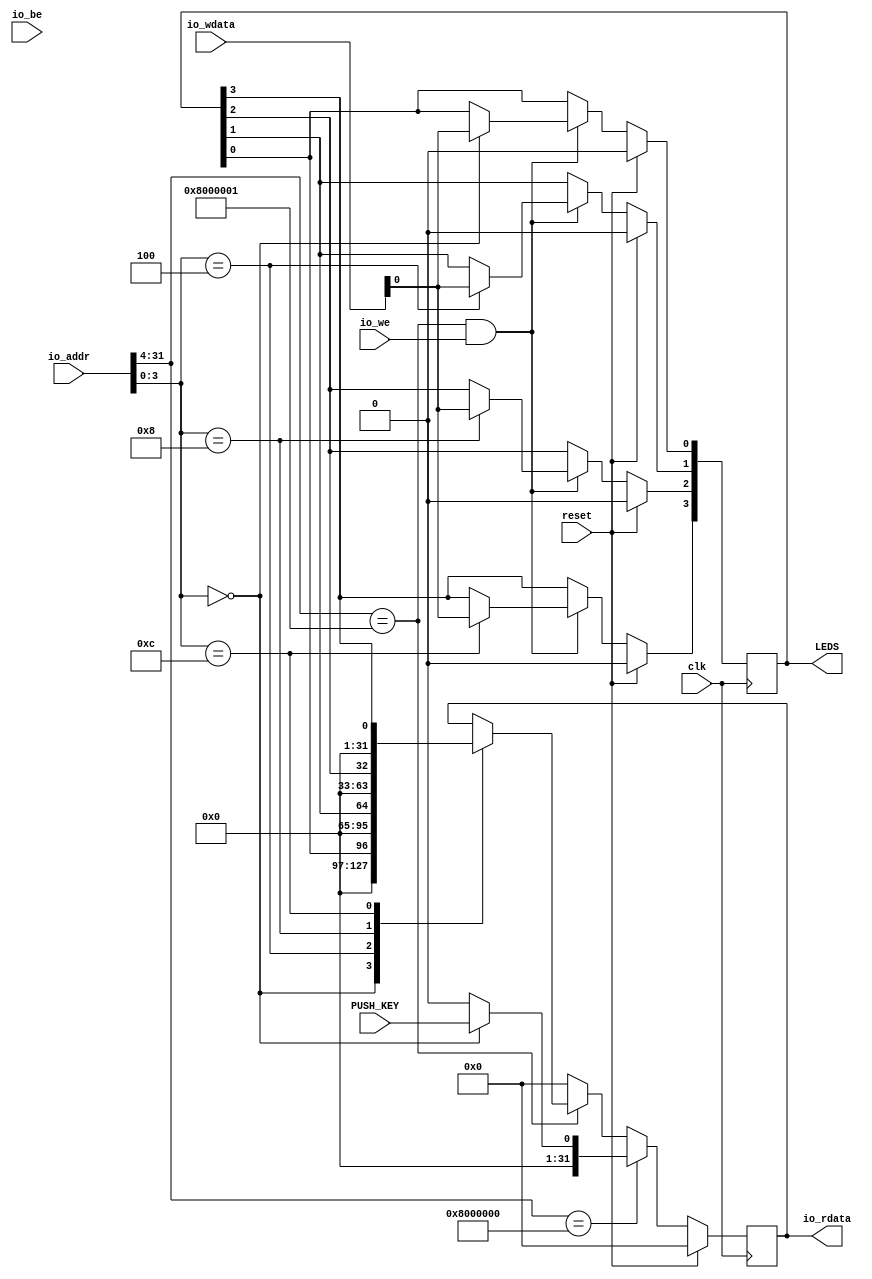
module IO_module
	(
		input 					clk					,
		input 					reset					,
		input			[31:0]	io_addr				,
		output reg	[31:0]	io_rdata				,
		input						io_we					,
		input			[3:0]		io_be					,
		input			[31:0]	io_wdata				,
		//BUTTON PERIPHERAL
		input 					PUSH_KEY				,
		output 		[3:0]		LEDS					
	);
	
	 //Peripheral Base Addresses 
	 parameter BUTTONS  			= 32'h80000000	;//allocated 16 bytes of memory to switches or push buttons 
	 parameter _LEDS				= 32'h80000010	;//allocated 16 bytes of memory to LED's  
	 // BUTTONS OFFSET
    parameter PUSH_BUTTON   	= 4'd0			;
	 
	 //LEDS OFFSET
	 parameter LED_0				= 4'd0			;
	 parameter LED_1				= 4'd4			;
	 parameter LED_2				= 4'd8			;
	 parameter LED_3				= 4'd12			;
	 
	 wire [105:0] debug_data	; 
	 reg [3:0]	LED_data			;
	 wire [3:0]	LED_NUM			;
	 

	 
	 always @ (posedge clk)
    begin
		if(reset)
			io_rdata 	<=	32'd0	;
      else if (io_addr[31:4] == BUTTONS[31:4]) //PUSH BUTTON PERIPHERAL
            case (io_addr[3:0])
                PUSH_BUTTON: 
                    io_rdata = PUSH_KEY			;
					 default:io_rdata	<=	32'd0	;
            endcase
      else if(io_addr[31:4] == _LEDS[31:4])		//LED PERIPHERAL
		begin
            case (LED_NUM)
                LED_0: 
                    io_rdata <= LED_data[0] 			;
                LED_1: 
                    io_rdata <= LED_data[1] 			;
                LED_2: 
                    io_rdata <= LED_data[2] 			;
                LED_3: 
                    io_rdata <= LED_data[3] 			;
            endcase
		end 
		else
           io_rdata	<=	32'd0	;
    end 
	 
	 assign LED_NUM = io_addr[3:0]	;
	 //LED PERIPHERAL 
	 always @ (posedge clk)
    begin
		if(reset)
			LED_data 	<=	4'd0	;
      else if ((io_addr[31:4] == _LEDS[31:4]) && (io_we == 1'b1))
		begin
            case (LED_NUM)
                LED_0: 
                    LED_data[0] <= io_wdata[0]		;
                LED_1: 
                    LED_data[1] <= io_wdata[0]		;
                LED_2: 
                    LED_data[2] <= io_wdata[0]		;
                LED_3: 
                    LED_data[3] <= io_wdata[0]		;
            endcase
		end 
    end 
	 
	 assign LEDS = LED_data	;
	 
//	 assign debug_data[31:0]  		= io_addr	;
//	 assign debug_data[63:32]  	= io_rdata	;
//	 assign debug_data[95:64]  	= io_wdata	;
//	 assign debug_data[99:96]  	= io_be		;
//	 assign debug_data[103:100]  	= LED_data	;
//	 assign debug_data[104]  		= io_we		;
//	 assign debug_data[105]  		= PUSH_KEY	;
//	 
//	 	IO_MODULE_ILA IO_ILA 
//		(
//			.acq_data_in    (debug_data)	,  //     tap.acq_data_in
//			.acq_trigger_in (reset)			, 	//    .acq_trigger_in
//			.acq_clk        (clk)         	// 	acq_clk.clk
//		);
	
endmodule